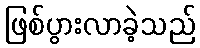
ဖြစ်ပွားလာခဲ့သည်